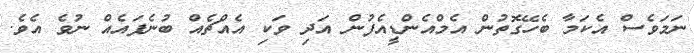
ނަމަވެސް އެކަމާ ބެހޭގޮތުން އެމްއެންޑީއެފުން އަދި ވަކި އެއްޗެއް ބުނެފައެއް ނުވެ އެވެ.